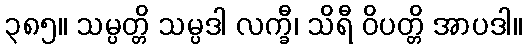
၃၈၅။ သမ္ပတ္တိ သမ္ပဒါ လက္ခီ၊ သိရီ ဝိပတ္တိ အာပဒါ။